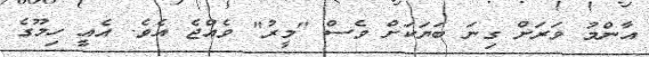
އާންމު ވަރަށް ގިނަ ބަޔަކަށް ވެސް "މީރު" ވެއްޖެ އެވެ. އެއީ ހިމޫގެ